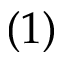
( 1 )